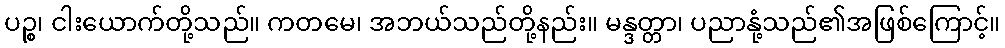
ပဉ္စ၊ ငါးယောက်တို့သည်။ ကတမေ၊ အဘယ်သည်တို့နည်း။ မန္ဒတ္တာ၊ ပညာနုံ့သည်၏အဖြစ်ကြောင့်။